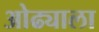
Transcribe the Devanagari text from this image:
ओढ्याला